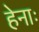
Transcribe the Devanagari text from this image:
हेनाः